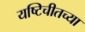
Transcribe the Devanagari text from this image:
यष्टिचीतच्या